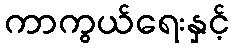
ကာကွယ်ရေးနှင့်